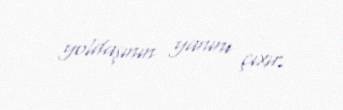
yoldaşının yanını çıxır.